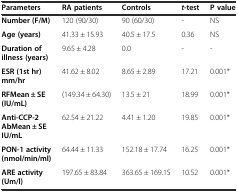
<table><thead><tr><td><b>Parameters</b></td><td><b>RA patients</b></td><td><b>Controls</b></td><td><b><i>t</i>-test</b></td><td><b>P value</b></td></tr></thead><tbody><tr><td><b>Number (F/M)</b></td><td>120 (90/30)</td><td>90 (60/30)</td><td>-</td><td>NS</td></tr><tr><td><b>Age (years)</b></td><td>41.33 ± 15.93</td><td>40.5 ± 17.5</td><td>0.36</td><td>NS</td></tr><tr><td><b>Duration of illness (years)</b></td><td>9.65 ± 4.28</td><td>0.0</td><td>-</td><td>-</td></tr><tr><td><b>ESR (1st hr) mm/hr</b></td><td>41.62 ± 8.02</td><td>8.65 ± 2.89</td><td>17.21</td><td>0.001*</td></tr><tr><td><b>RF</b><b>Mean ± SE (IU/mL)</b></td><td>(149.34 ± 64.30)</td><td>13.5 ± 21</td><td>18.99</td><td>0.001*</td></tr><tr><td><b>Anti-CCP-2 Ab</b><b>Mean ± SE IU/mL</b></td><td>62.54 ± 21.22</td><td>4.41 ± 1.20</td><td>19.85</td><td>0.001*</td></tr><tr><td><b>PON-1 activity (nmol/min/ml)</b></td><td>64.44 ± 11.33</td><td>152.18 ± 17.74</td><td>16.25</td><td>0.001*</td></tr><tr><td><b>ARE activity (Um/l)</b></td><td>197.65 ± 83.84</td><td>363.65 ± 169.15</td><td>10.52</td><td>0.001*</td></tr></tbody></table>